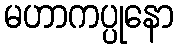
မဟာကပ္ပုနော